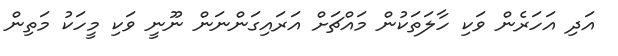
އަދި އަހަރެން ވަކި ހާލަތަކުން މައްޗަށް އަރައިގަންނަން ނޫނީ ވަކި މީހަކު މަތިން